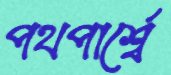
পথপার্শ্বে